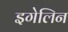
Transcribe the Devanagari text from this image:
इगेलिन